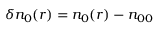
\delta n _ { 0 } ( r ) = n _ { 0 } ( r ) - n _ { 0 0 }